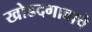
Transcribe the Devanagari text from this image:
खोडदगावाचे